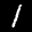
Label: 1